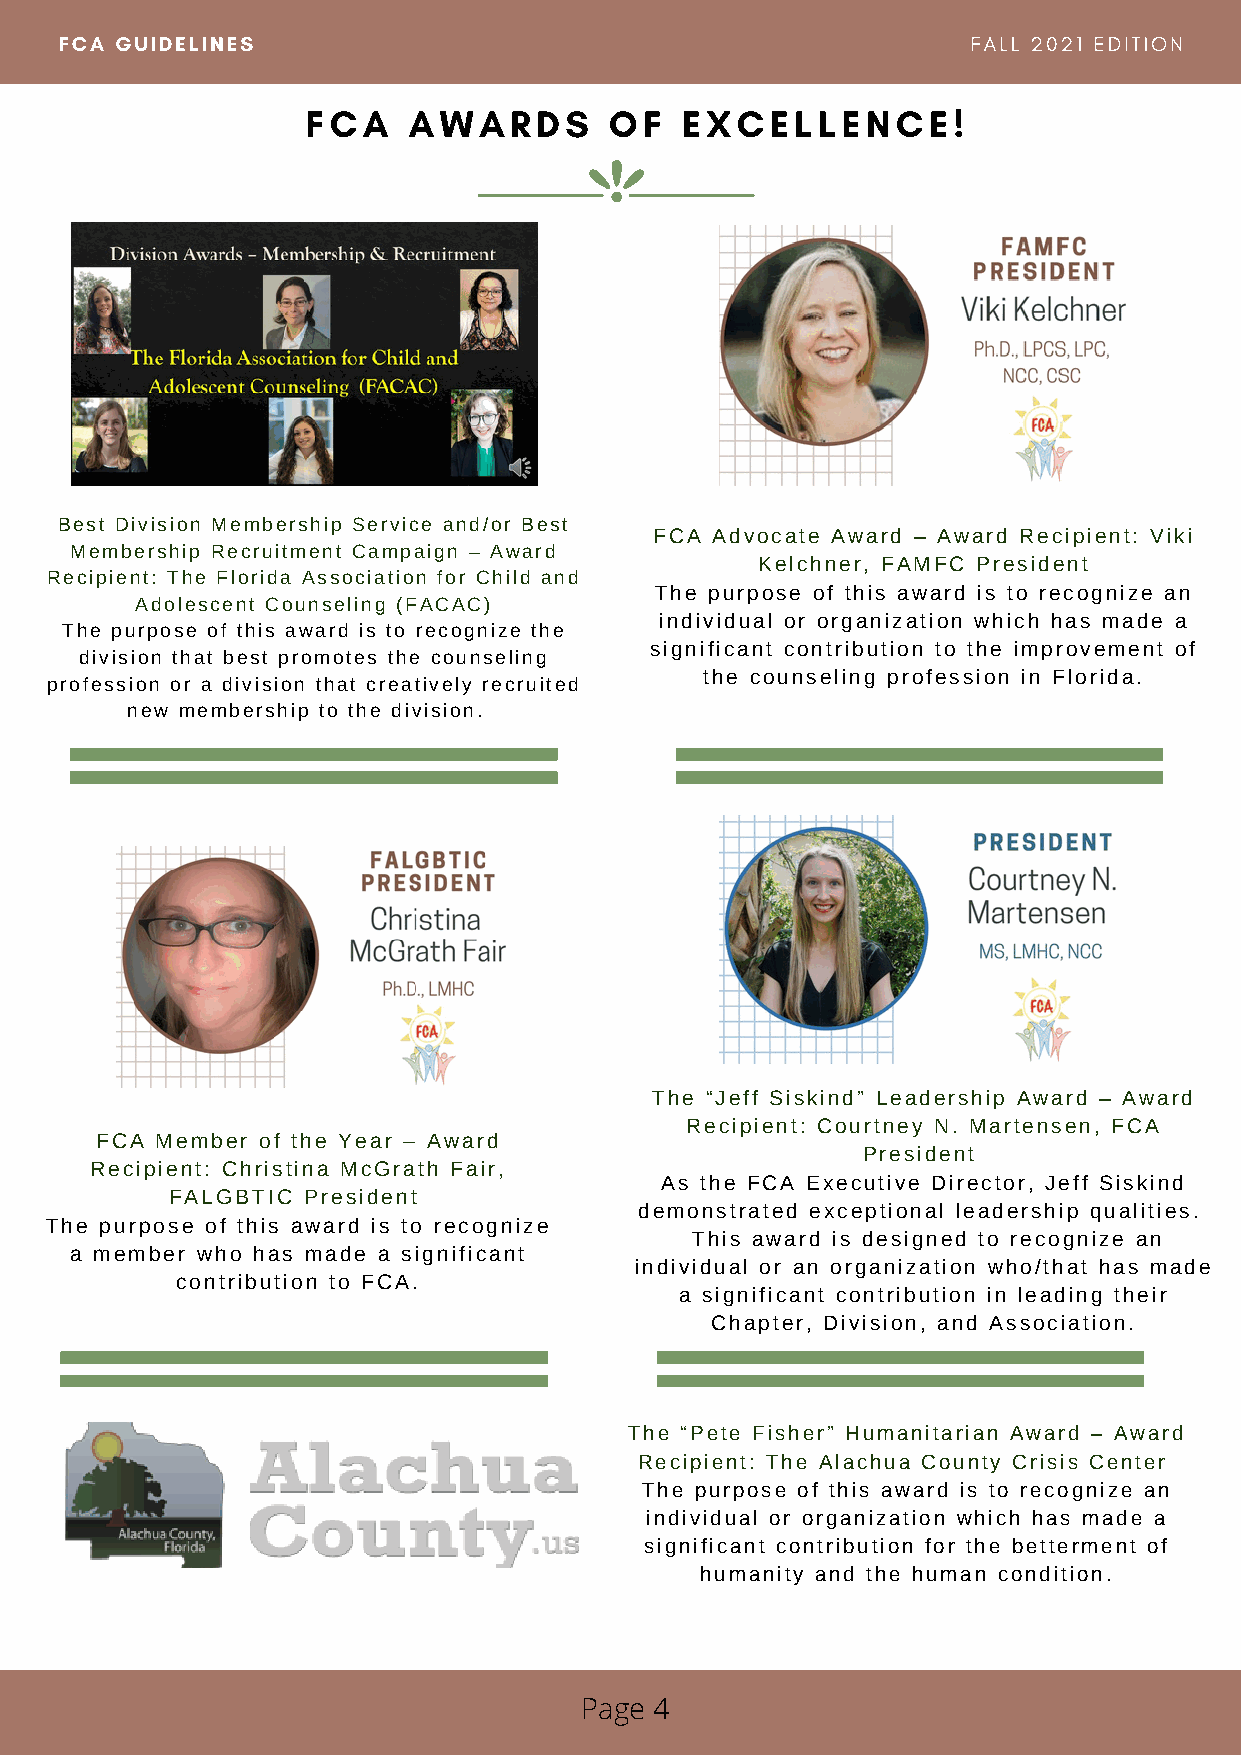
FCA GUIDELINES                                              FALL 2021 EDITION
 FCA    AWARDS       OF   EXCELLENCE!
 Best Division Membership Service and/or Best
 FCA Advocate Award – Award Recipient: Viki
 Membership Recruitment Campaign – Award
 Kelchner, FAMFC President
 Recipient: The Florida Association for Child and
 The purpose of this award is to recognize an
 Adolescent Counseling (FACAC)
 individual or organization which has made a
 The purpose of this award is to recognize the
 significant contribution to the improvement of
 division that best promotes the counseling
 the counseling profession in Florida.
 profession or a division that creatively recruited
 new membership to the division.
 The “Jeff Siskind” Leadership Award – Award
 Recipient: Courtney N. Martensen, FCA
 FCA Member of the Year – Award
 President
 Recipient: Christina McGrath Fair,
 As the FCA Executive Director, Jeff Siskind
 FALGBTIC President
 demonstrated exceptional leadership qualities.
 The purpose of this award is to recognize
 This award is designed to recognize an
 a member who has made a significant
 individual or an organization who/that has made
 contribution to FCA.
 a significant contribution in leading their
 Chapter, Division, and Association.
 The “Pete Fisher” Humanitarian Award – Award
 Recipient: The Alachua County Crisis Center
 The purpose of this award is to recognize an
 individual or organization which has made a
 significant contribution for the betterment of
 humanity and the human condition.
 Page 4